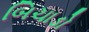
બિચાડો